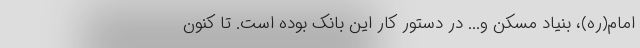
امام(ره)، بنیاد مسکن و... در دستور کار این بانک بوده است. تا کنون